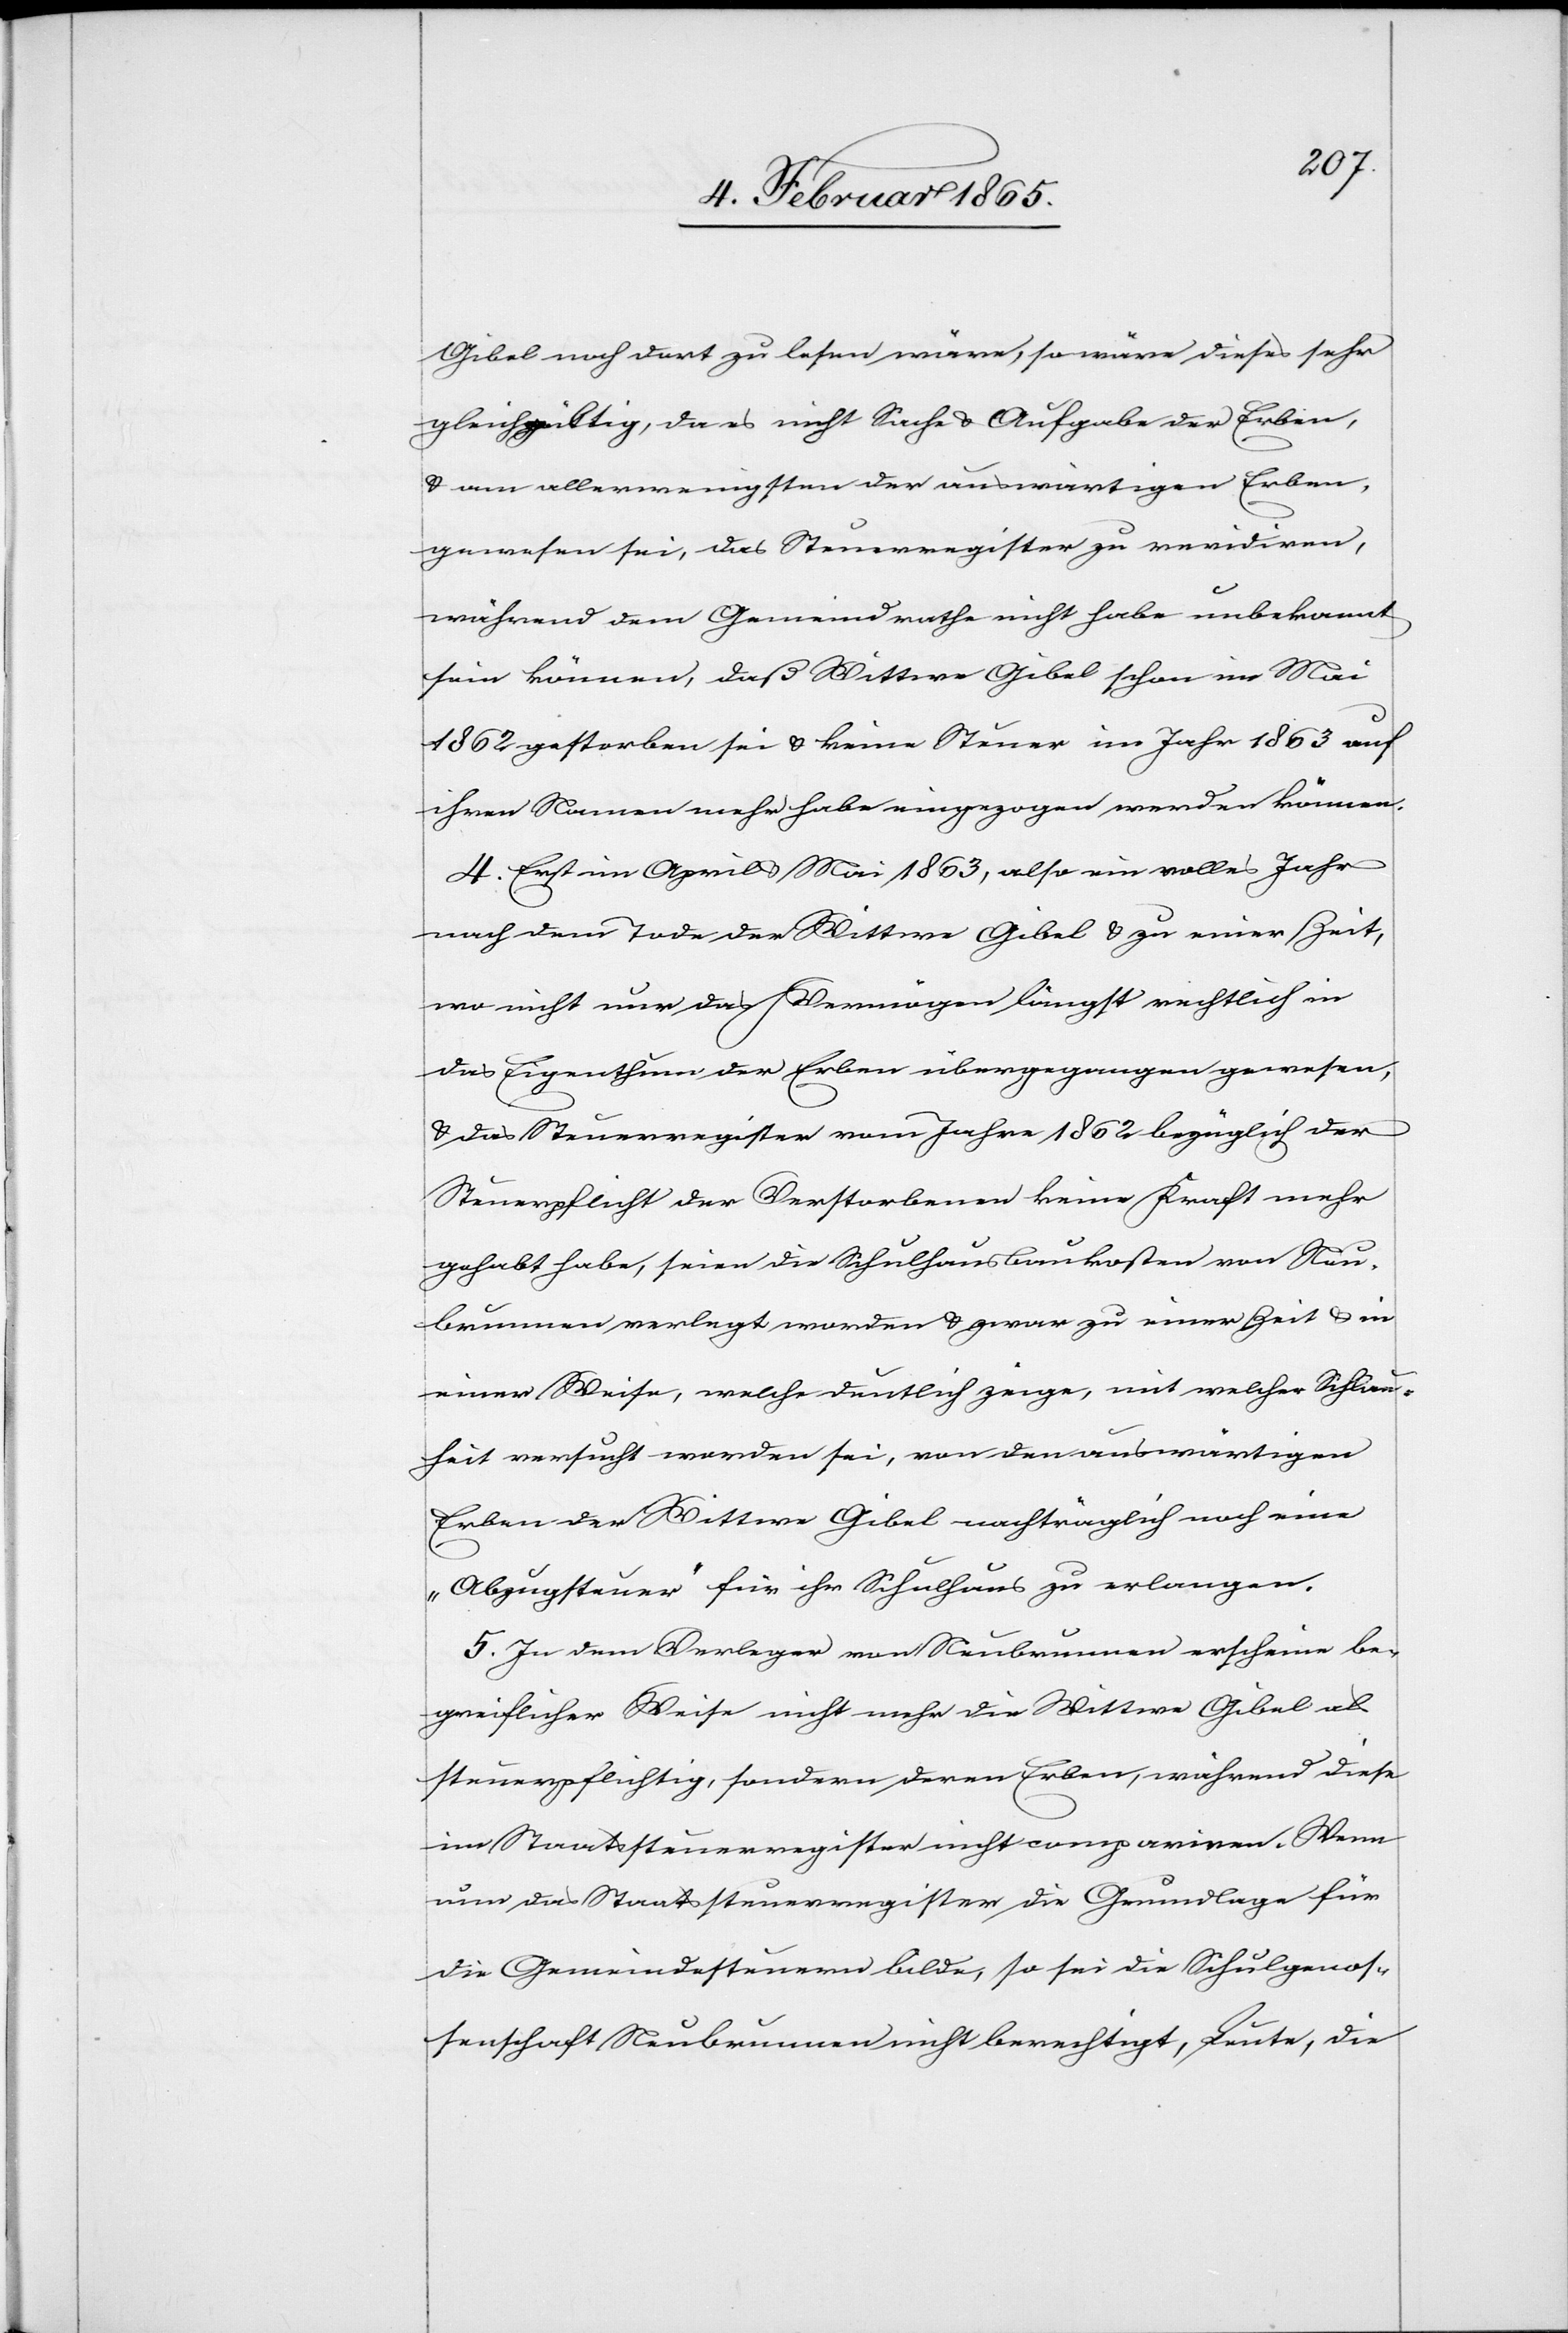
Gibel noch dort zu lesen wäre, so wäre dieses sehr
gleichgültig, da es nicht Sache u. Aufgabe der Erben,
u. am allerwenigsten der auswärtigen Erben,
gewesen sei, das Steuerregister zu revidiren,
während dem Gemeindrathe nicht habe unbekannt
sein können, daß Wittwe Gibel schon im Mai
1862 gestorben sei u. keine Steuer im Jahr 1863 auf
ihren Namen mehr habe eingezogen werden können.
4. Erst im April u. Mai 1863, also ein volles Jahr
nach dem Tode der Wittwe Gibel u. zu einer Zeit,
wo nicht nur das Vermögen längst rechtlich in
das Eigenthum der Erben übergegangen gewesen,
u. das Steuerregister vom Jahre 1862 bezüglich der
Steuerpflicht der Verstorbenen keine Kraft mehr
gehabt habe, seien die Schulhausbaukosten von Neu¬
brunnen verlegt worden u. zwar zu einer Zeit u. in
einer Weise, welche deutlich zeige, mit welcher Schlau¬
heit versucht worden sei, von den auswärtigen
Erben der Wittwe Gibel nachträglich noch eine
„Abzugsteuer“ für ihr Schulhaus zu erlangen.
5. In dem Verleger von Neubrunnen erscheine be¬
greiflicher Weise nicht mehr die Wittwe Gibel als
steuerpflichtig, sondern deren Erben, während diese
im Staatssteuerregister nicht compariren. Wenn
nun das Staatssteuerregister die Grundlage für
die Gemeindesteuern bilde, so sei die Schulgenos¬
senschaft Neubrunnen nicht berechtigt, Leute, die